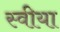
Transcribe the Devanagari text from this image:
स्वीया